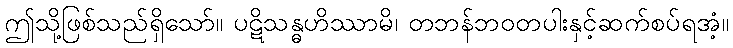
ဤသို့ဖြစ်သည်ရှိသော်။ ပဋိသန္ဓဟိဿာမိ၊ တဘန်ဘဝတပါးနှင့်ဆက်စပ်ရအံ့။